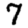
Digit: 7